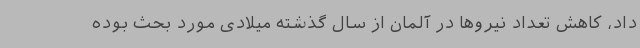
داد، کاهش تعداد نیروها در آلمان از سال گذشته میلادی مورد بحث بوده